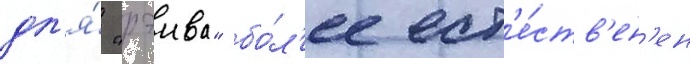
дл'я́ "рэива" бо́л'ее ест'е́ств'ен'ен